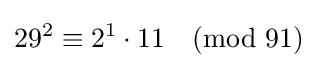
{29^{2}\equiv 2^{1}\cdot 11{\pmod {91}}}